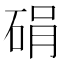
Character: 𪿠